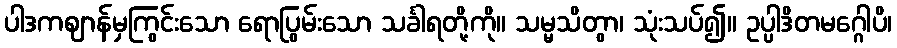
ပါဒကဈာန်မှကြွင်းသော ရောပြွမ်းသော သင်္ခါရတို့ကို။ သမ္မသိတွာ၊ သုံးသပ်၍။ ဥပ္ပါဒိတမဂ္ဂေါပိ၊